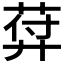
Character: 𦲱